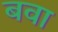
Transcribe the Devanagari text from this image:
बवा